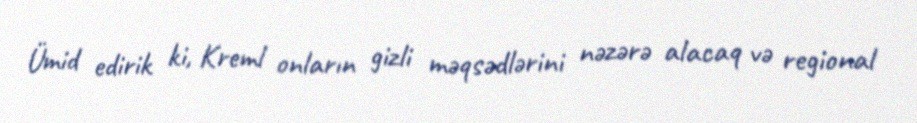
Ümid edirik ki, Kreml onların gizli məqsədlərini nəzərə alacaq və regional